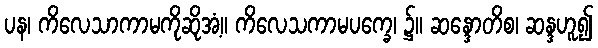
ပန၊ ကိလေသာကာမကိုဆိုအံ့။ ကိလေသကာမပက္ခေ၊ ၌။ ဆန္ဒောတိစ၊ ဆန္ဒဟူ၍